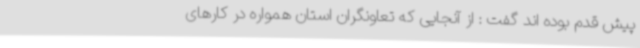
پیش قدم بوده اند گفت : از آنجایی که تعاونگران استان همواره در کارهای